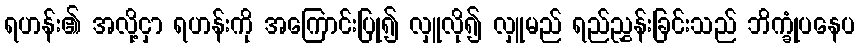
ရဟန်း၏ အလို့ငှာ ရဟန်းကို အကြောင်းပြု၍ လှူလို၍ လှူမည် ရည်ညွှန်းခြင်းသည် ဘိက္ခုံပနေပ